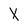
Character: X